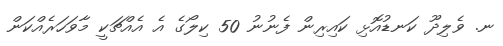
ނ. ވެލިދޫ ކަނޑުއޮޅި ކައިރިން ފެނުނު 50 ކިލޯގެ އެ އެއްޗަކީ މާވަހަރެއްކަން